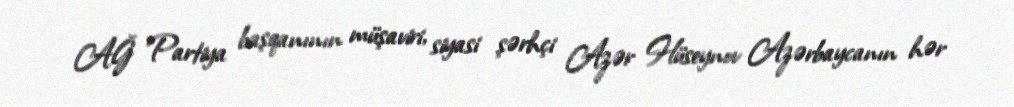
AĞ Partiya başqanının müşaviri, siyasi şərhçi Azər Hüseynov Azərbaycanın hər